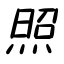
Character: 照